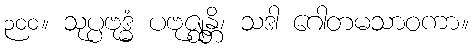
၃၀၀။ သုပ္ပဗုဒ္ဓံ ပဗုဇ္ဈန္တိ၊ သဒါ ဂေါတမသာဝကာ။